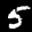
Label: 5